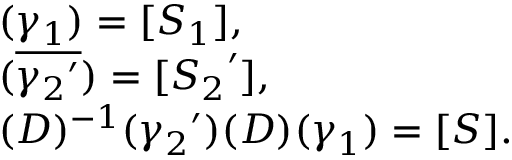
\left. \begin{array} { l } { { ( \gamma _ { 1 } ) = [ S _ { 1 } ] , } } \\ { { ( \overline { { { { \gamma _ { 2 } } ^ { \prime } } } } ) = [ { S _ { 2 } } ^ { \prime } ] , } } \\ { { ( D ) ^ { - 1 } ( { \gamma _ { 2 } } ^ { \prime } ) ( D ) ( \gamma _ { 1 } ) = [ S ] . } } \end{array} \right.